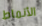
الأنماط